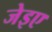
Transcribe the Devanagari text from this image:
जेइए